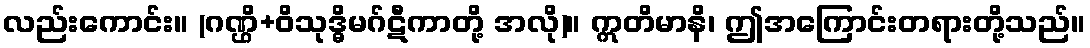
လည်းကောင်း။ (ဂဏ္ဌိ+ဝိသုဒ္ဓိမဂ်ဋီကာတို့ အလို)။ ဣတိမာနိ၊ ဤအကြောင်းတရားတို့သည်။